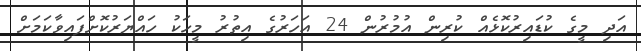
އަދި މީގެ ކުޑައިރުކޮޅެއް ކުރިން އުމުރުން 24 އަހަރުގެ އިތުރު މީހަކު ހައްޔަރުކޮށްފައިވާކަމަށް